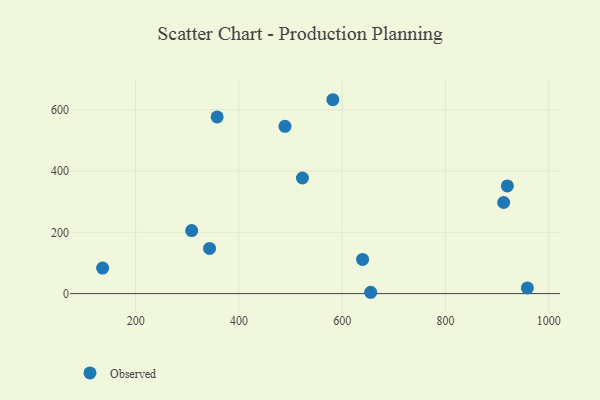
{"axis": {"x": "Study Hours", "y": "Sales"}, "legend": ["Observed"], "data": [{"x": "343.1", "y": 147.5, "type": "Observed"}, {"x": "919.9", "y": 351.5, "type": "Observed"}, {"x": "308.5", "y": 205.7, "type": "Observed"}, {"x": "489.2", "y": 545.9, "type": "Observed"}, {"x": "639.5", "y": 111.6, "type": "Observed"}, {"x": "357.8", "y": 576.7, "type": "Observed"}, {"x": "655.2", "y": 4.3, "type": "Observed"}, {"x": "523.0", "y": 377.3, "type": "Observed"}, {"x": "912.8", "y": 297.3, "type": "Observed"}, {"x": "958.7", "y": 18.6, "type": "Observed"}, {"x": "581.9", "y": 632.8, "type": "Observed"}, {"x": "136.0", "y": 83.2, "type": "Observed"}]}